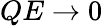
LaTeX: QE\rightarrow 0